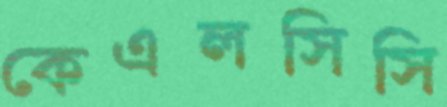
কেএলসিসি